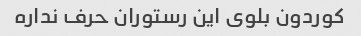
کوردون بلوی این رستوران حرف نداره